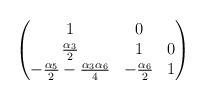
LaTeX: \begin{align*}\begin{pmatrix}1&0&\\\frac{\alpha_{3}}{2}&1&0\\-\frac{\alpha_{5}}{2} - \frac{\alpha_{3} \alpha_{6}}{4}&- \frac{\alpha_{6}}{2}&1\end{pmatrix}\end{align*}